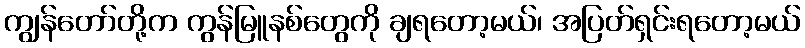
ကျွန်တော်တို့က ကွန်မြူနစ်တွေကို ချရတော့မယ်၊ အပြတ်ရှင်းရတော့မယ်